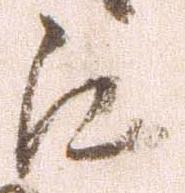
江